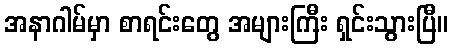
အနာဂါမ်မှာ စာရင်းတွေ အများကြီး ရှင်းသွားပြီ။